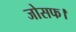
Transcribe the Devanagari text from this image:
जोसफ।